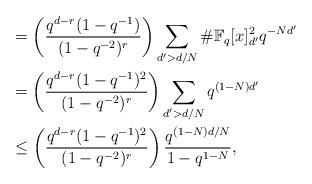
LaTeX: \begin{align*}& = \left(\dfrac{q^{d-r}(1 - q^{-1})}{(1 - q^{-2})^{r}}\right)\displaystyle\sum_{d' > d/N}\#\mathbb{F}_{q}[x]_{d'}^{2}q^{-Nd'} \\& = \left(\dfrac{q^{d-r}(1 - q^{-1})^{2}}{(1 - q^{-2})^{r}}\right)\displaystyle\sum_{d' > d/N}q^{(1-N)d'} \\& \leq \left(\dfrac{q^{d-r}(1 - q^{-1})^{2}}{(1 - q^{-2})^{r}}\right)\dfrac{q^{(1-N)d/N}}{1 - q^{1-N}},\end{align*}